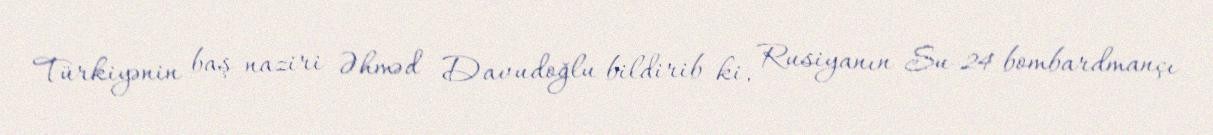
Türkiyənin baş naziri Əhməd Davudoğlu bildirib ki, Rusiyanın Su-24 bombardmançı